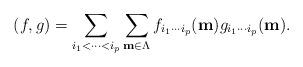
LaTeX: \begin{align*}(f,g) = \sum_{i_{1} < \cdots < i_{p} } \sum_{{\bf m} \in \Lambda }f_{i_{1} \cdots i_{p} } ({\bf m}) g_{i_{1} \cdots i_{p} } ({\bf m}) .\end{align*}